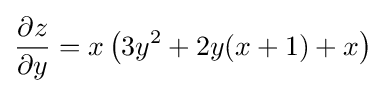
{\frac {\partial z}{\partial y}}=x\left(3y^{2}+2y(x+1)+x\right)